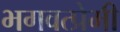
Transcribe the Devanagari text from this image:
भगवत्प्रेमी